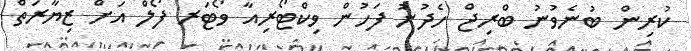
ކުރިން ބުނެވުނު ބްރިޖް ހެދުނު ފަހުން ވިކްޓޯރިއާ ވޯޓަރ ފޯލް އަށް ޒިޔާރަތް